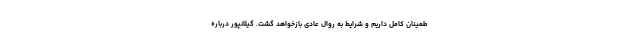
طمینان کامل داریم و شرایط به روال عادی بازخواهد گشت. گیلانپور درباره